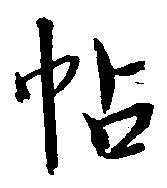
帖